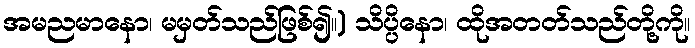
အမညမာနော၊ မမှတ်သည်ဖြစ်၍။) သိပ္ပိနော၊ ထိုအတတ်သည်တို့ကို။